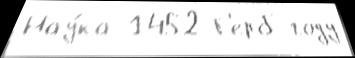
Нау́ка 1452 Г'ерб году